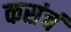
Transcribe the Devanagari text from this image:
कसंचं